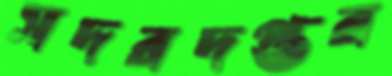
সদরদপ্তর